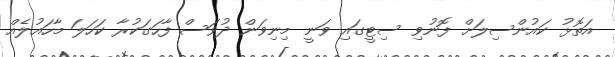
އަތޮޅު ކައުންސިލަށް ފޮނުވި ސިޓީގައި ވަނީ މިނިވަން ދުވަސް ފާހަގަކުރާ ކަހަލަ މާހައުލެއް